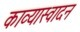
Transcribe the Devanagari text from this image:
काव्यास्वादन